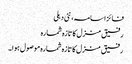
فائز اسامہ، نئی دہلی
رفیق منزل کا تازہ شمارہ
رفیق منزل کا تازہ شمارہ موصول ہوا۔